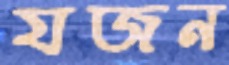
যজন